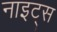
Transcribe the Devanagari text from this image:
नाइट्‌स